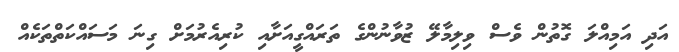
އަދި އަމިއްލަ ގޮތުން ވެސް ވިލިމާލޭ ޒުވާނުންގެ ތަރައްގީއަށާއި ކުރިއެރުމަށް ގިނަ މަސައްކަތްތަކެއް